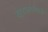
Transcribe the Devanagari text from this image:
खुरचाफ्याचे